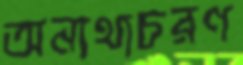
অন্যথাচরণ